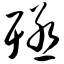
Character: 殛